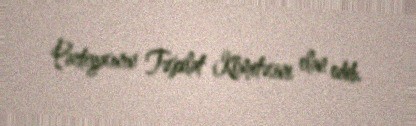
Partiyasının Təşkilat Komitəsini elan edib.